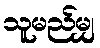
သူမည်မျှ